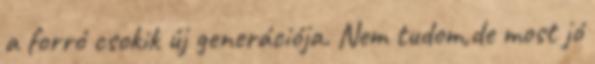
a forró csokik új generációja. Nem tudom,de most jó